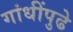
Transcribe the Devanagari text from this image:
गांधींपुढे